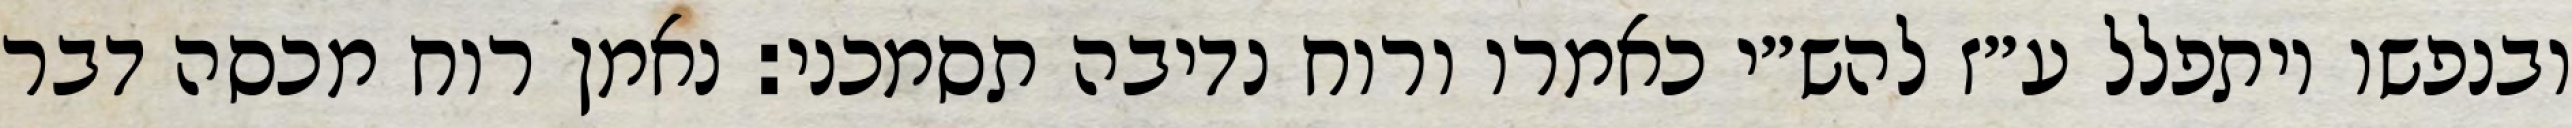
ובנפשו ויתפלל ע״ז להש״י כאמרו ורוח נדיבה תסמכני: נאמן רוח מכסה דבר